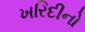
ખરિદીનો